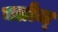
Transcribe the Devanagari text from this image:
क्लोज्